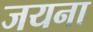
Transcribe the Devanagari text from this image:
जयना